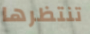
تنتظرها